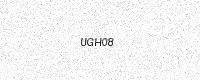
Text: UGH08